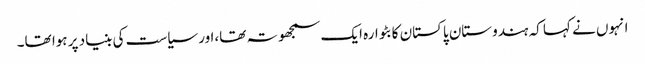
انہوں نے کہا کہ ہندوستان پاکستان کا بٹوارہ ایک سمجھوتہ تھا،اور سیاست کی بنیاد پر ہوا تھا۔